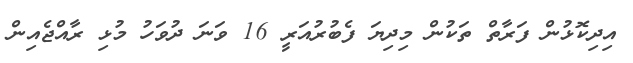
އިދިކޮޅުން ފަރާތް ތަކުން މިދިޔަ ފެބުރުއަރީ 16 ވަނަ ދުވަހު މުޅި ރާއްޖެއިން